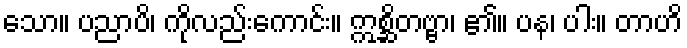
သော။ ပညာပိ၊ ကိုလည်းကောင်း။ ဣစ္ဆိတဗ္ဗာ၊ ၏။ ပန၊ ပါး။ တာဟိ